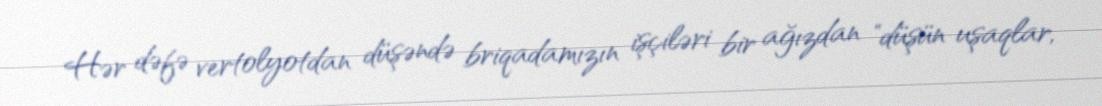
Hər dəfə vertolyotdan düşəndə briqadamızın işçiləri bir ağızdan "düşün uşaqlar,